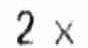
2 X